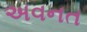
અવનત